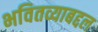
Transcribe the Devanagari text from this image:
भवितव्याबद्दल